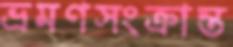
ভ্রমণসংক্রান্ত